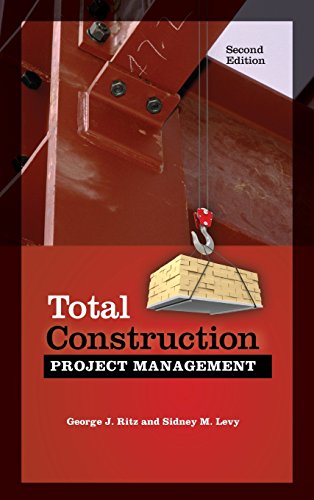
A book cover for Total Construction Project Management, Second Edition; George Ritz; Law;